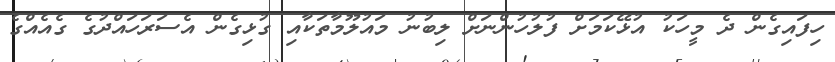
ހިފައިގެން ދެ މީހަކު އުޅޭކަމަށް ފުލުހުންނަށް ލިބުނު މައުލޫމާތަކާއި ގުޅިގެން އެސަރަހައްދުގެ ގެއެއްގެ